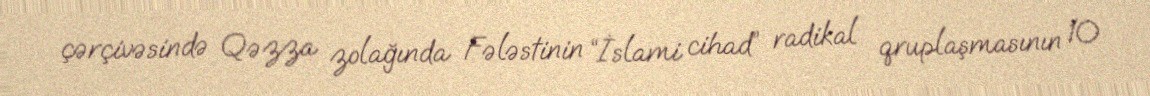
çərçivəsində Qəzza zolağında Fələstinin “İslami cihad” radikal qruplaşmasının 10